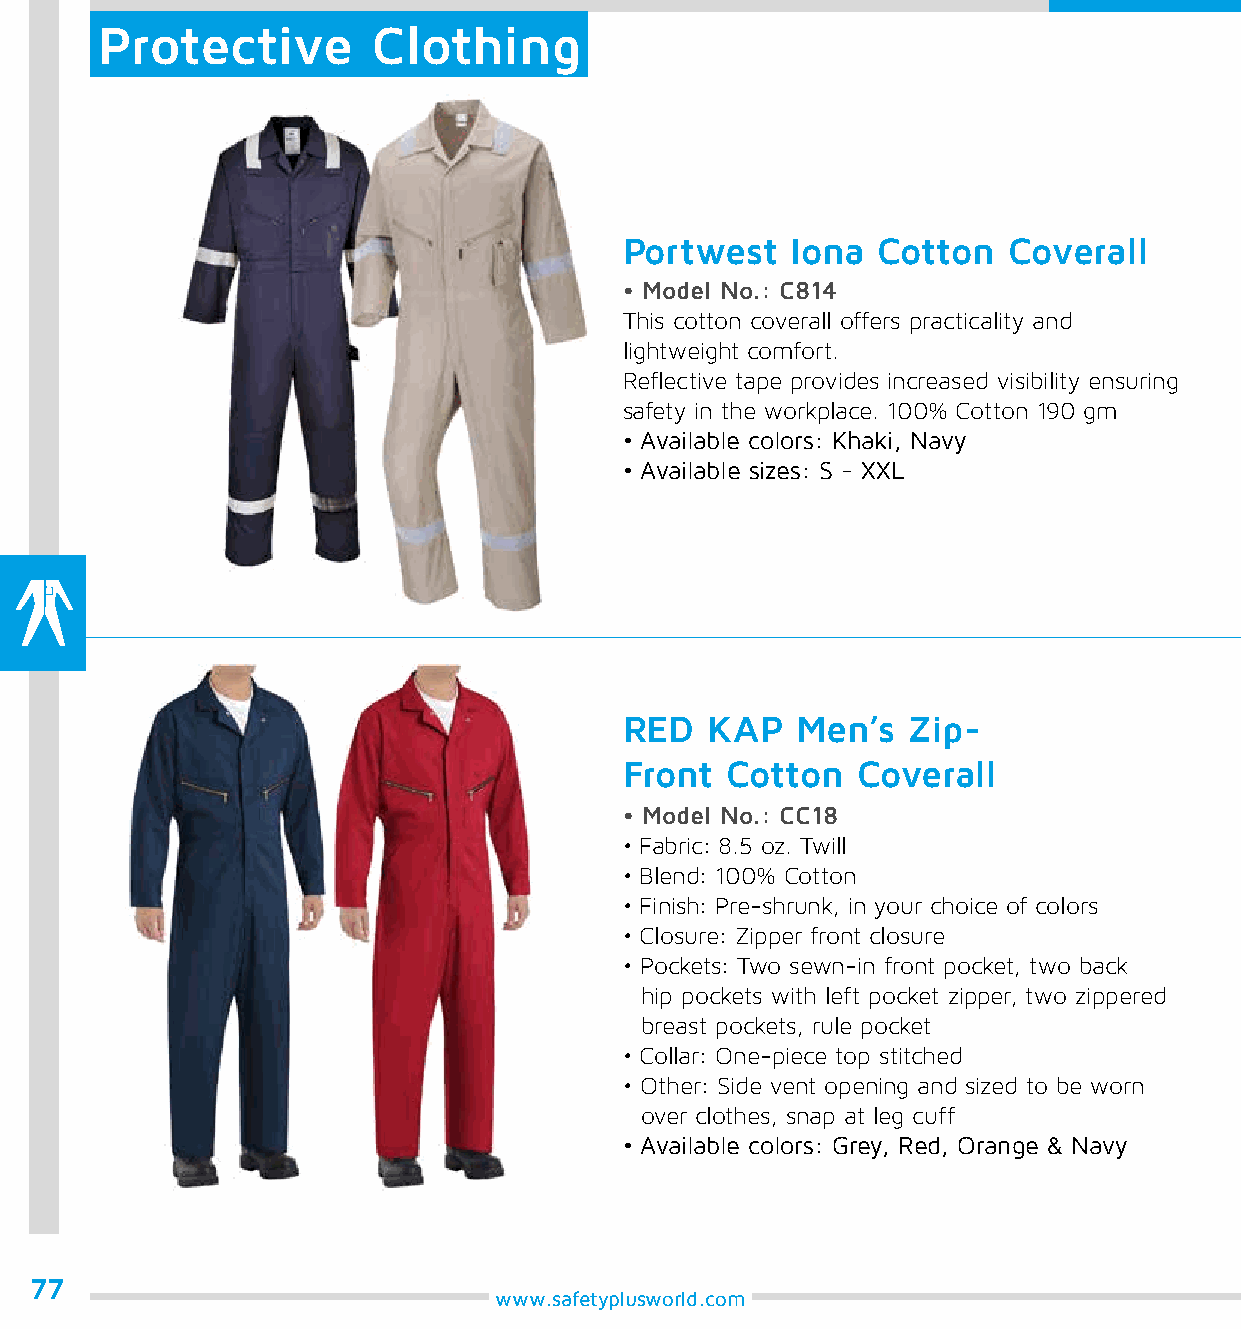
Protective         Clothing
 Portwest   Iona  Cotton   Coverall
 • Model No.: C814
 This cotton coverall offers practicality and
 lightweight comfort.
 Reflective tape provides increased visibility ensuring
 safety in the workplace. 100% Cotton 190 gm
 • Available colors: Khaki, Navy
 • Available sizes: S - XXL
 RED   KAP   Men’s  Zip-
 Front  Cotton   Coverall
 • Model No.: CC18
 • Fabric: 8.5 oz. Twill
 • Blend: 100% Cotton
 • Finish: Pre-shrunk, in your choice of colors
 • Closure: Zipper front closure
 • Pockets: Two sewn-in front pocket, two back
 hip pockets with left pocket zipper, two zippered
 breast pockets, rule pocket
 • Collar: One-piece top stitched
 • Other: Side vent opening and sized to be worn
 over clothes, snap at leg cuff
 • Available colors: Grey, Red, Orange & Navy
 77
 www.safetyplusworld.com